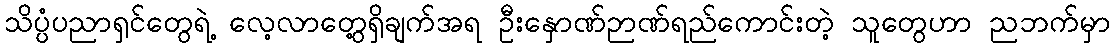
သိပ္ပံပညာရှင်တွေရဲ့ လေ့လာတွေ့ရှိချက်အရ ဦးနှောဏ်ဉာဏ်ရည်ကောင်းတဲ့ သူတွေဟာ ညဘက်မှာ